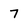
Character: 7